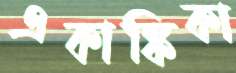
একাঙ্কিকা